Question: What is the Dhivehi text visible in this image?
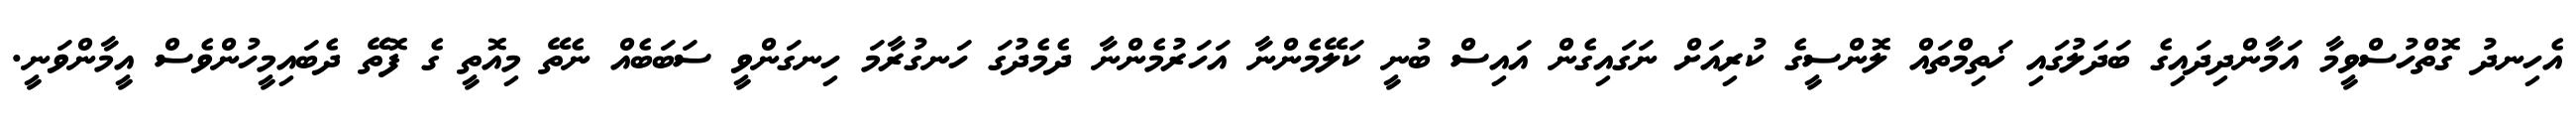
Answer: އެހިނދު ގޮތްހުސްވީމާ އަމާންދިދައިގެ ބަދަލުގައި ޚަތިމްތައް ލޮންސީގެ ކުރިއަށް ނަގައިގެން އައިސް ބުނީ ކަލޭމެންނާ އަހަރުމެންނާ ދެމެދުގަ ހަނގުރާމަ ހިނގަންވީ ސަބަބެއް ނެތޭ މިއޮތީ ގެ ފޮތޭ ދެބައިމީހުންވެސް އީމާންވަނީ.